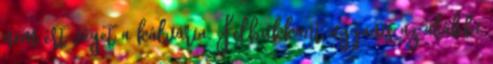
nem ért véget a kálvária. Felbukkant ugyanis az alábbi